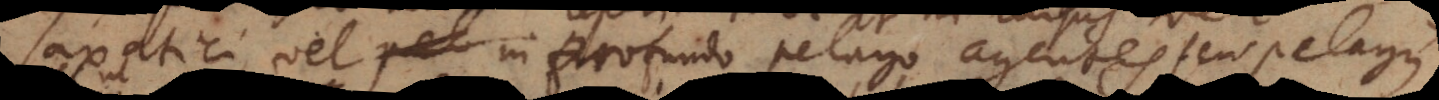
saxatici, vel in profundo pelago agentes seu pelagii.